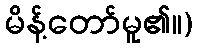
မိန့်တော်မူ၏။)